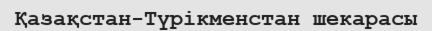
Қазақстан-Түрікменстан шекарасы